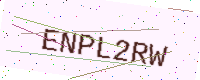
Text: ENPL2RW